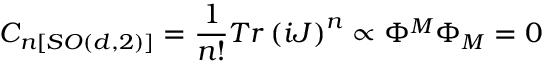
C _ { n [ S O ( d , 2 ) ] } = \frac { 1 } { n ! } T r \left( i J \right) ^ { n } \propto \Phi ^ { M } \Phi _ { M } = 0